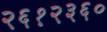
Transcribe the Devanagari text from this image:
२६१२३६०